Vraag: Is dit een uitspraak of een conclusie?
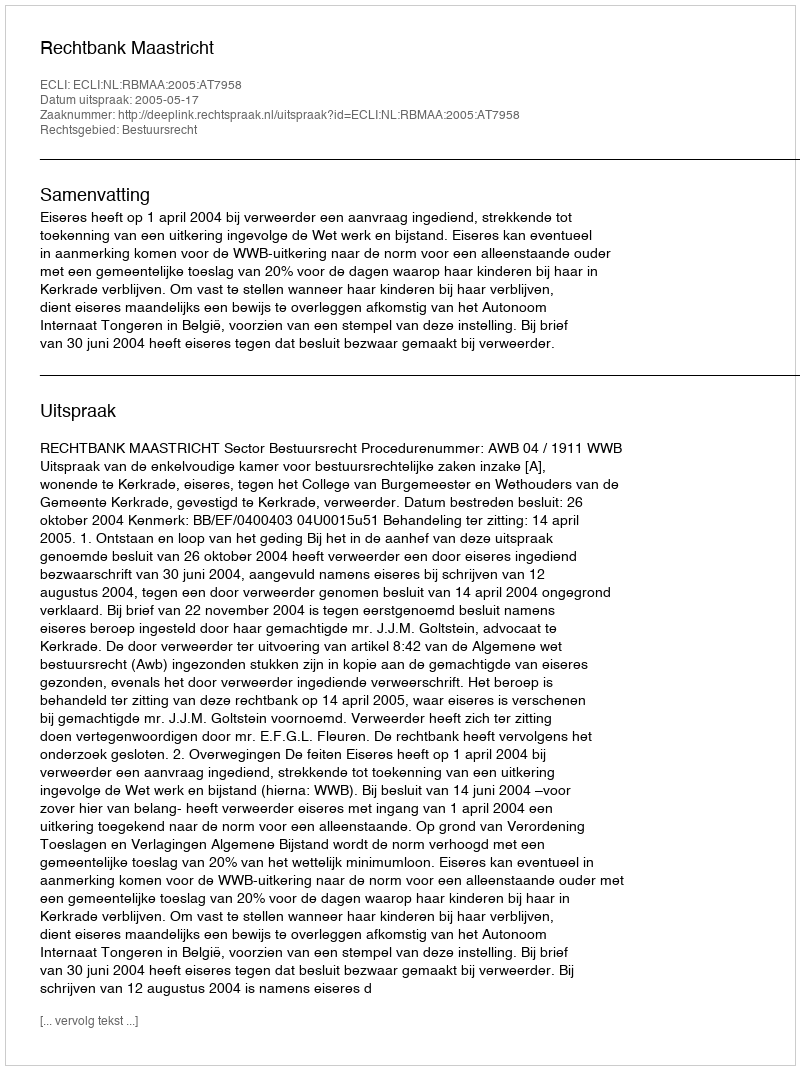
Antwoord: Uitspraak